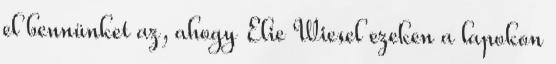
el bennünket az, ahogy Elie Wiesel ezeken a lapokon